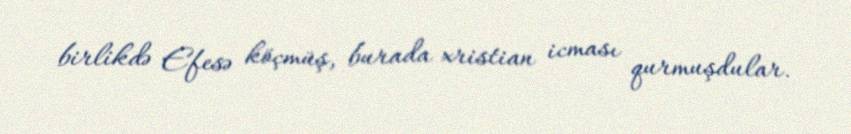
birlikdə Efesə köçmüş, burada xristian icması qurmuşdular.